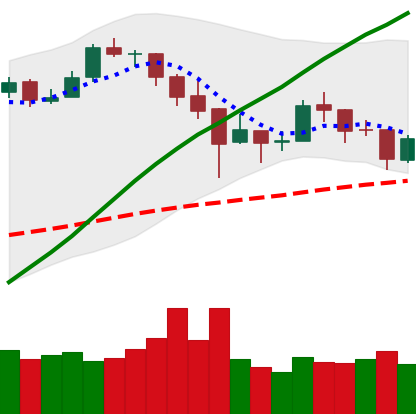
Ticker: BTC-USD
Chart end date: 2017-12-31
Forward return: 23.121%
Label: up_7plus